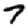
Digit: 7